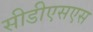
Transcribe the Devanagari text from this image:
सीडीएसएस